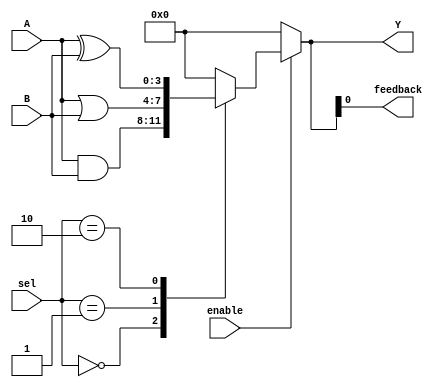
module CLB (
    input wire [3:0] A,          // Input signals
    input wire [3:0] B,          // Input signals
    input wire [1:0] sel,        // Control signal for selecting logic function
    input wire enable,           // Enable signal for the CLB
    output reg [3:0] Y,          // Output signals
    output wire feedback          // Feedback path
);

// Internal signals
wire [3:0] lut_out;             // LUT outputs
wire [3:0] mux_out;             // Multiplexer output

// Example LUT implementations (4-input LUTs)
function [3:0] lut_0(input [3:0] a, input [3:0] b);
    // Example logic: AND operation
    lut_0 = a & b;
endfunction

function [3:0] lut_1(input [3:0] a, input [3:0] b);
    // Example logic: OR operation
    lut_1 = a | b;
endfunction

function [3:0] lut_2(input [3:0] a, input [3:0] b);
    // Example logic: XOR operation
    lut_2 = a ^ b;
endfunction

// Multiplexer to select the output of the LUT based on control signal
always @(*) begin
    if (enable) begin
        case(sel)
            2'b00: lut_out = lut_0(A, B);
            2'b01: lut_out = lut_1(A, B);
            2'b10: lut_out = lut_2(A, B);
            default: lut_out = 4'b0000; // Default case
        endcase
    end else begin
        lut_out = 4'b0000; // Disable output
    end
end

// Feedback path
assign feedback = Y[0]; // Example feedback from the first output bit

// Output logic
always @(*) begin
    Y = lut_out; // Assign LUT output to output Y
end

endmodule